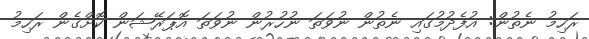
ރަހިމު ނެތުން: އުފެދުމުގައި ނެތުން ނުވަތަ ނުހުރުން ނުވަތަ އޮޕަރޭޝަން ކޮށްގެން ރަހިމު